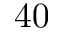
4 0